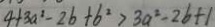
4 + 3 a ^ { 2 } - 2 b + b ^ { 2 } > 3 a ^ { 2 } - 2 b + 1